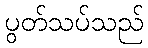
ပွတ်သပ်သည်